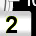
Digit: 2